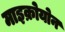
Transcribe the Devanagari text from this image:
माइक्रोयोन